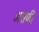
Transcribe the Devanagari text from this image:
असफी